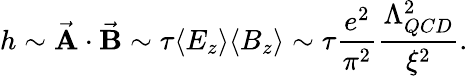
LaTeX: h\sim{\vec{\mathbf A}\cdot\vec{\mathbf B}}\sim\tau\langle E_{z}\rangle\langle B_{z}\rangle\sim\tau\frac{e^{2}}{\pi^{2}}\frac{\Lambda_{QCD}^{2}}{{\xi}^{2}}.